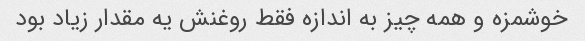
خوشمزه و همه چیز به اندازه فقط روغنش یه مقدار زیاد بود